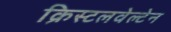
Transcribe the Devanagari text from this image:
क्रिस्टलवेल्टेन